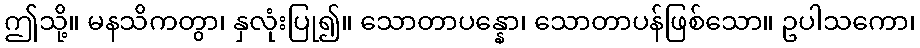
ဤသို့။ မနသိကတွာ၊ နှလုံးပြု၍။ သောတာပန္နော၊ သောတာပန်ဖြစ်သော။ ဥပါသကော၊